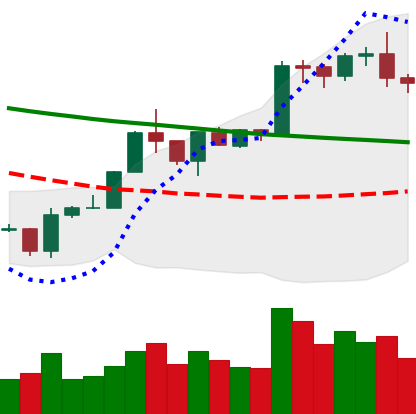
Ticker: BTC-USD
Chart end date: 2020-01-20
Forward return: -3.347%
Label: down_3_5